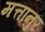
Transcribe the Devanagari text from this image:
मत्तानुर